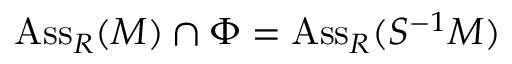
\operatorname { A s s } _ { R } ( M ) \cap \Phi = \operatorname { A s s } _ { R } ( S ^ { - 1 } M )